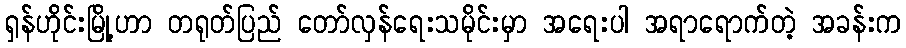
ရှန်ဟိုင်းမြို့ဟာ တရုတ်ပြည် တော်လှန်ရေးသမိုင်းမှာ အရေးပါ အရာရောက်တဲ့ အခန်းက